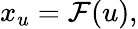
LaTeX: x_{u}=\mathcal{F}(u),